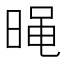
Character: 𣈣